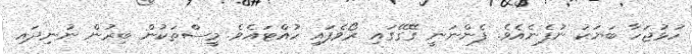
ހުޅުޖަހާ ބަޔަކު ނުފެނެއެވެ. ފެންނަނީ ގޭގޭގައި ރޯވެފައި ހުއްޓައެވެ. މީސްތަކުން ބިރުން ނުނިދައި